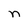
Character: n